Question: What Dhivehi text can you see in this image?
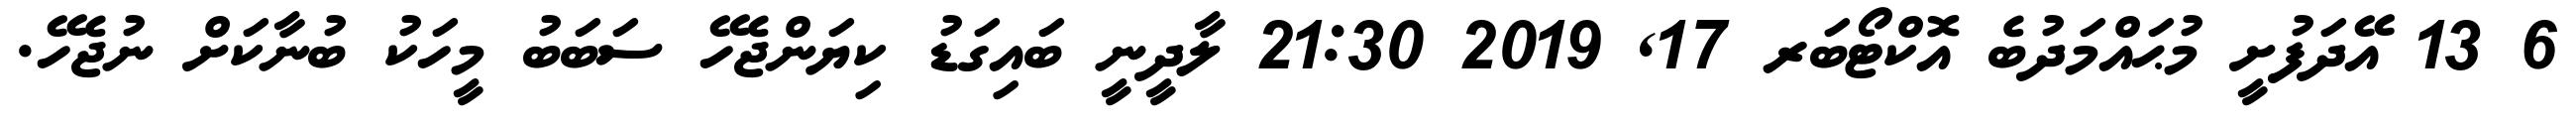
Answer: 6 13 އޭދަފުށީ މުޙައްމަދުބެ އޮކްޓޯބަރ 17, 2019 21:30 ލާދީނީ ބައިގަޑު ކިޔަންޖެހޭ ސަބަބު މީހަކު ބުނާކަށް ނުޖެހޭ.